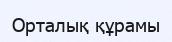
Орталық құрамы